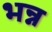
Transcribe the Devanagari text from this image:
भन्न